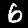
Label: 6